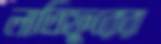
লাতিফুরের